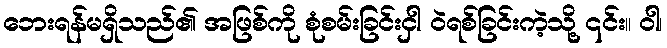
ဘေးရန်မရှိသည်၏ အဖြစ်ကို စုံစမ်းခြင်းငှါ ဝဲရစ်ခြင်းကဲ့သို့ ၎င်း။ ဝါ၊